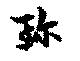
珍